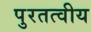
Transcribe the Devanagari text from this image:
पुरतत्वीय